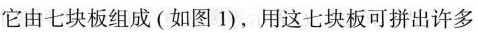
它由七块板组成(如图1)，用这七块板可拼出许多